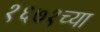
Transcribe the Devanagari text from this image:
१६७१च्या